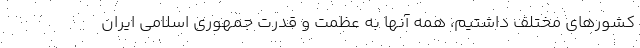
کشورهای مختلف داشتیم، همه آنها به عظمت و قدرت جمهوری اسلامی ایران